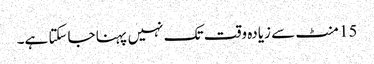
15 منٹ سے زیادہ وقت تک نہیں پہنا جاسکتا ہے۔